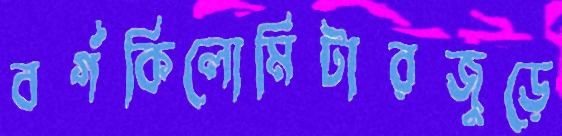
বর্গকিলোমিটারজুড়ে